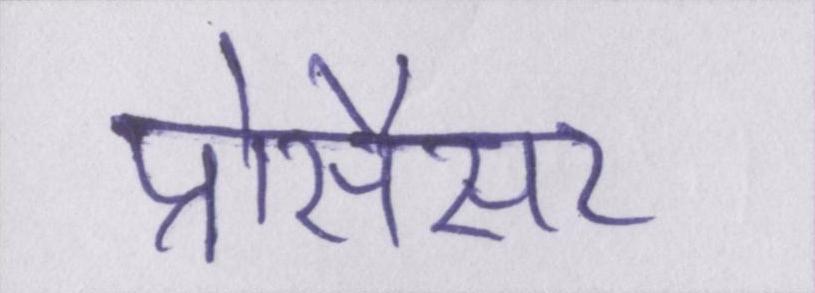
प्रोसैसर